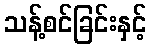
သန့်စင်ခြင်းနှင့်